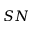
S N